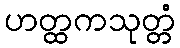
ဟတ္ထကသုတ္တံ